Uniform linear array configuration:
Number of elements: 8
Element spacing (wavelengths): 0.75
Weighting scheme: hann
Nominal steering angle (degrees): -30
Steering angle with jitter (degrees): -29.683
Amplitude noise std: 0.05
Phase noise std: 0.05

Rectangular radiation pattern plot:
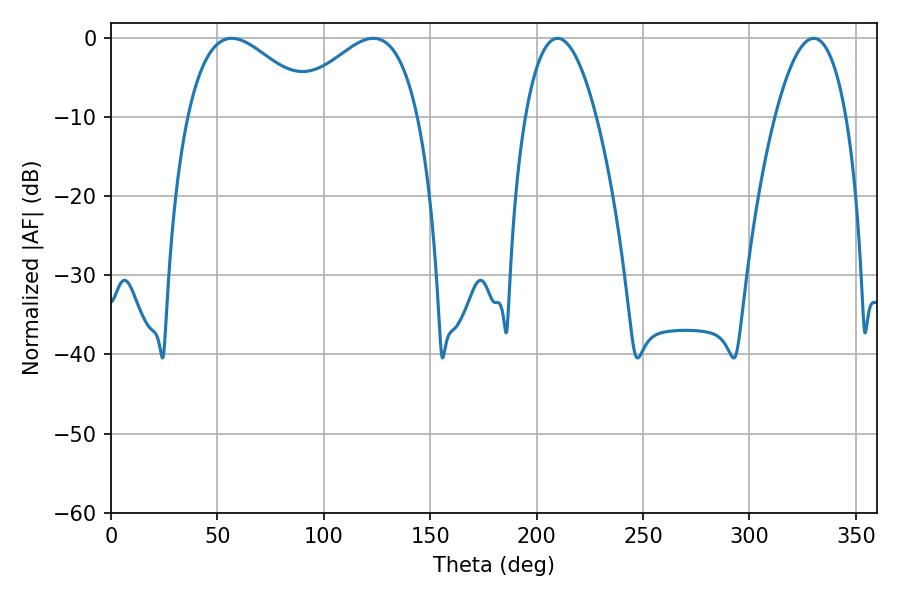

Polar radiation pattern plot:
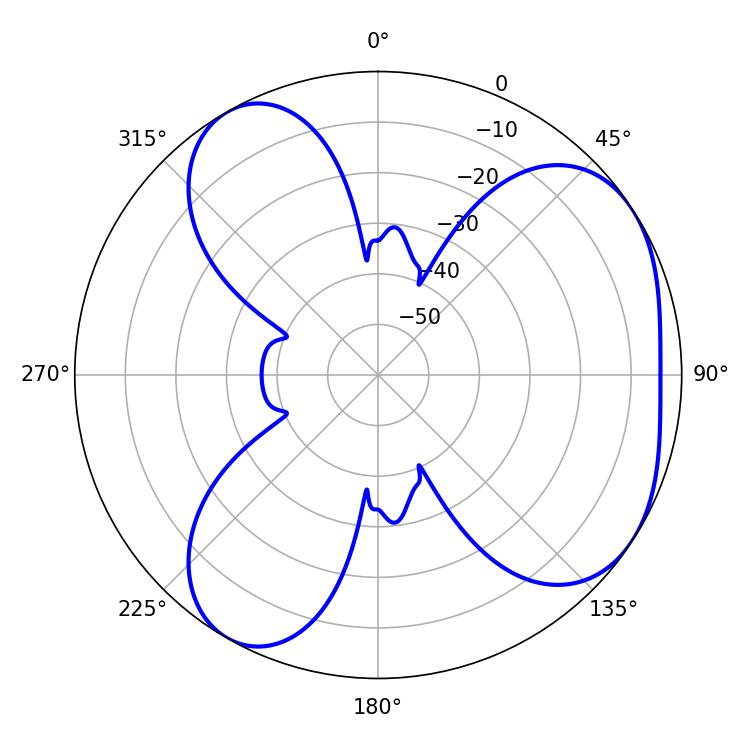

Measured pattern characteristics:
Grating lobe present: TRUE
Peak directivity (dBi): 4.698
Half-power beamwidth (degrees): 33.12
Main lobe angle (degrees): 56.7